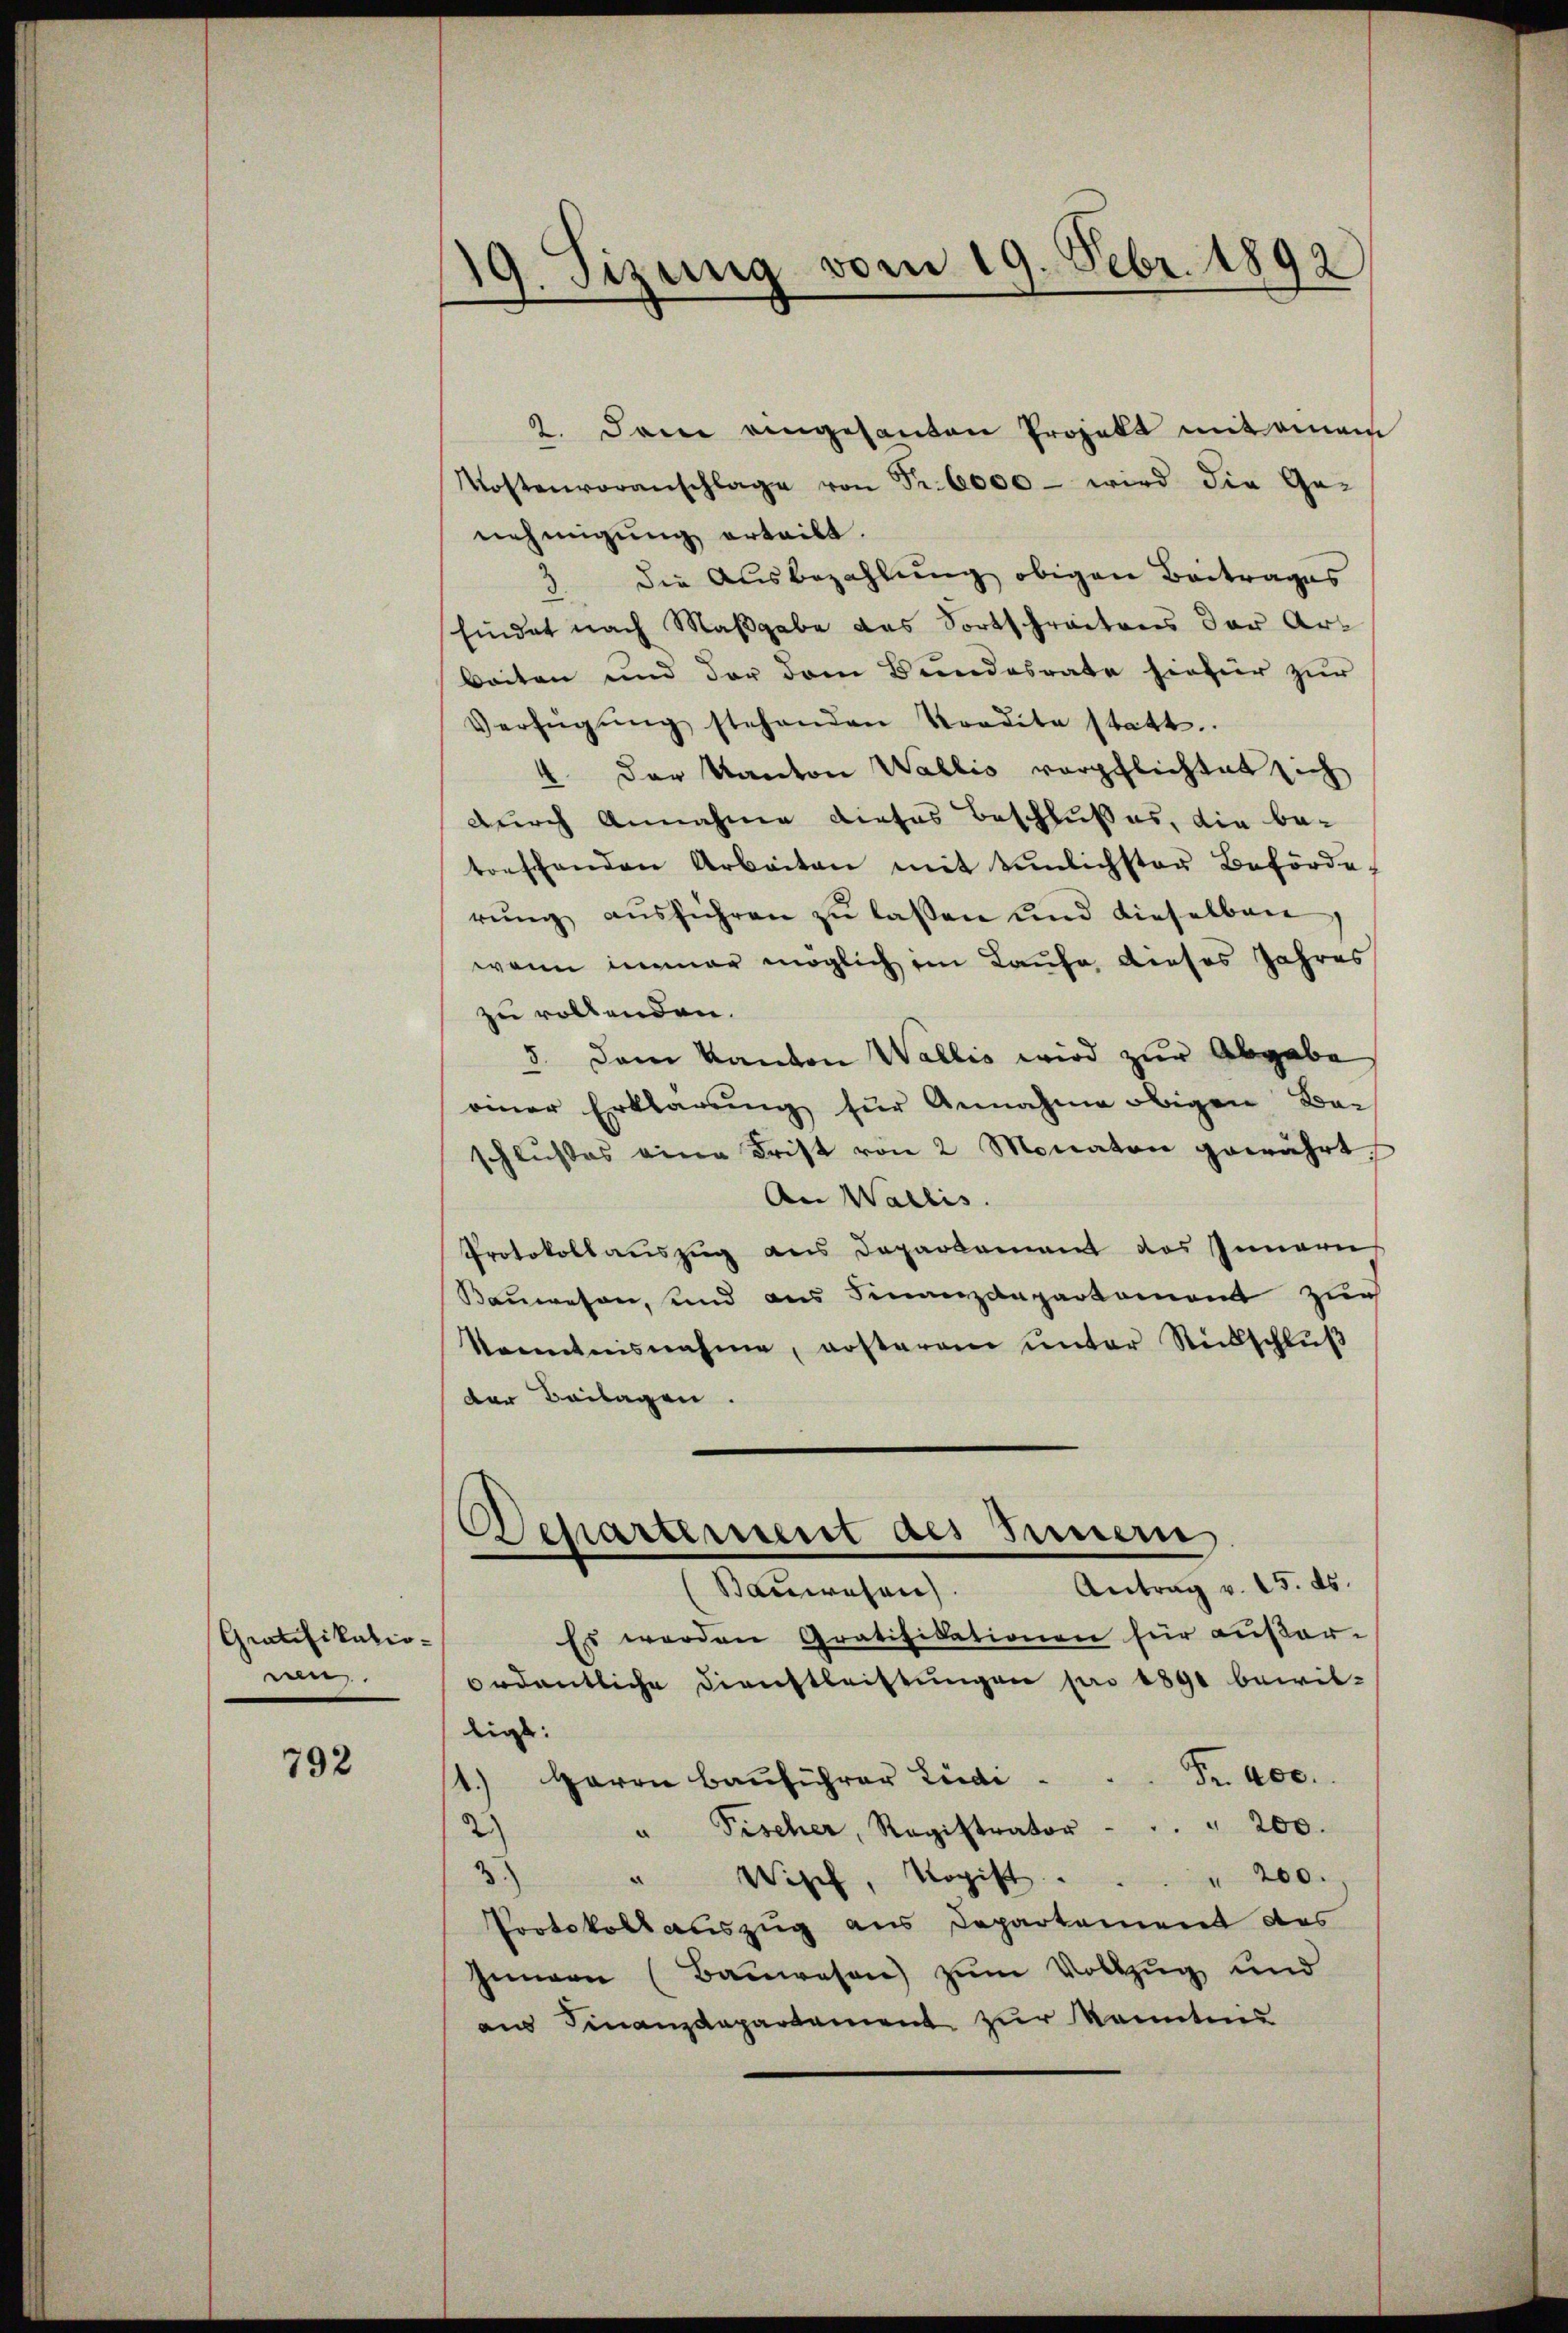
Gratifikatio-
nen.

792

19. Sizung vom 19. Febr. 1892

2. Dem eingesanten Projekt mit einem
Kostenvoranschlage von Fr. 6000 - wird die Ge-
nehmigung erteilt.
die Ausbezahlung obigen Beitrages
findet nach Maßgabe das Fortschreitens der Art
beiten und der dem Bundesrate hiefür zur
Verfügŭng stehenden Kredita statt.
4 der Kanton Wallis verpflichtet sich
durch Annahme dieses Beschlußes, die be-
torschenden Arbeiten mit tenlichster Beförde
rŭng aŭsführen zŭ lassen und dieselben
wenn immer möglich im Laufe dieses Jahres
zu vollenden.
5. Dem Kanton Wallis wird zur Abgabe
einer Erklärung für Annahme obigen Bei
schlußes eine Frist von 2 Monaten gewährt.
An Wallis.
Protokollauszug aus Departement des Innern
Bauwesen, und aus Finanzdepartement zur
kanntnisnahme, ersteram unter Rückschlŭβ
der Beilagen.
Departement des Innern.
Baŭwesen. Antrag v. 15. ds.
Es werden Gratifikationen für außer-
ordentliche Dienstleistungen pro 1890 bewilligt:
Herrn Bauführer Liedi  ..  ..  Fr. 400.
1.)
2.)
" Fischer, Registrator . . . . 200.
2
Wipf, Kopist . . . " 200.
Protokoll auszug aus Departement des
Innern (Baŭwesen zŭm Vollzug und
am Finanzdepartement zur Kenntnis